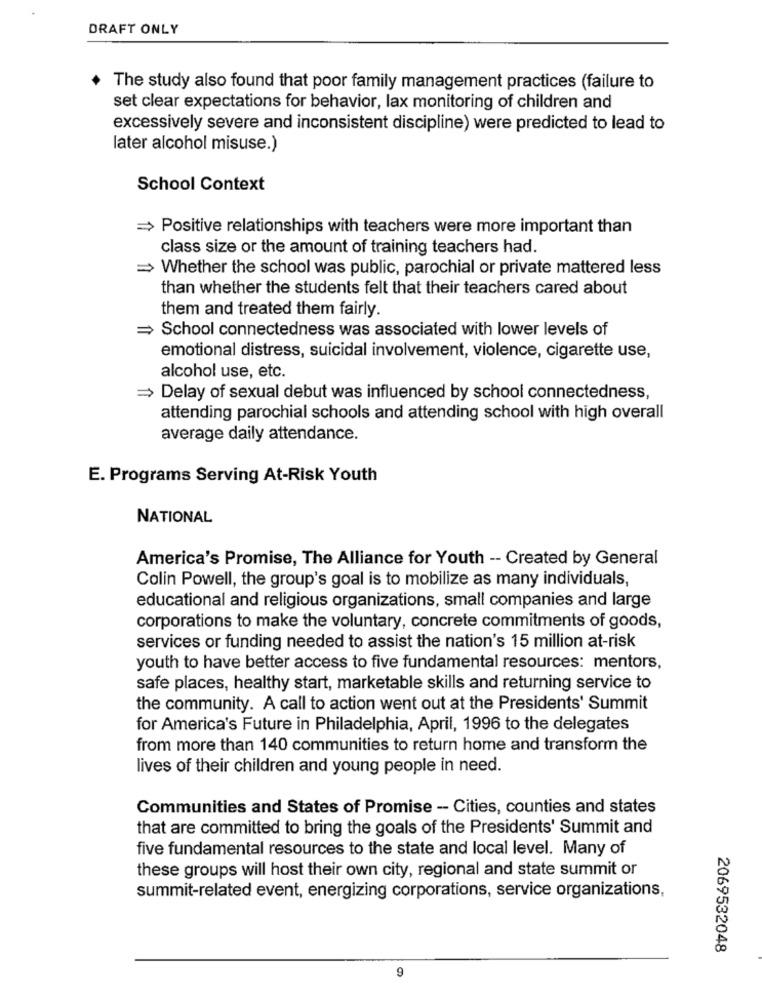
DRAFT ONLY
The study also found that poor family management practices (failure to
set clear expectations for behavior, lax monitoring of children and
excessively severe and inconsistent discipline) were predicted to lead to
later alcohol misuse.)
School Context
=> Positive relationships with teachers were more important than
class size or the amount of training teachers had.
= Whether the school was public, parochial or private mattered less
than whether the students felt that their teachers cared about
them and treated them fairly.
= School connectedness was associated with lower levels of
emotional distress, suicidal involvement, violence, cigarette use,
alcohol use, etc.
= Delay of sexual debut was influenced by school connectedness,
attending parochial schools and attending school with high overall
average daily attendance.
E. Programs Serving At-Risk Youth
NATIONAL
America's Promise, The Alliance for Youth -- Created by General
Colin Powell, the group's goal is to mobilize as many individuals,
educational and religious organizations, small companies and large
corporations to make the voluntary, concrete commitments of goods,
services or funding needed to assist the nation's 15 million at-risk
youth to have better access to five fundamental resources: mentors,
safe places, healthy start, marketable skills and returning service to
the community. A call to action went out at the Presidents' Summit
for America's Future in Philadelphia, April, 1996 to the delegates
from more than 140 communities to return home and transform the
lives of their children and young people in need.
Communities and States of Promise -- Cities, counties and states
that are committed to bring the goals of the Presidents' Summit and
five fundamental resources to the state and local level. Many of
these groups will host their own city, regional and state summit or
summit-related event, energizing corporations, service organizations,
2069532048
9